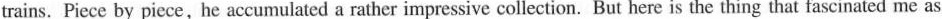
trains, Piece by picce,he accumulated a ratber impressive collection. But here is the thing that fascinated me as